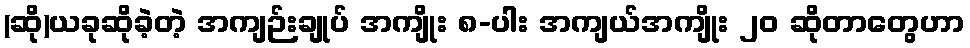
(ဆို)ယခုဆိုခဲ့တဲ့ အကျဉ်းချုပ် အကျိုး ၈-ပါး အကျယ်အကျိုး ၂၀ ဆိုတာတွေဟာ